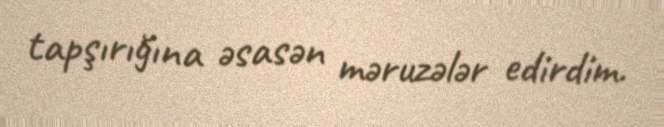
tapşırığına əsasən məruzələr edirdim.